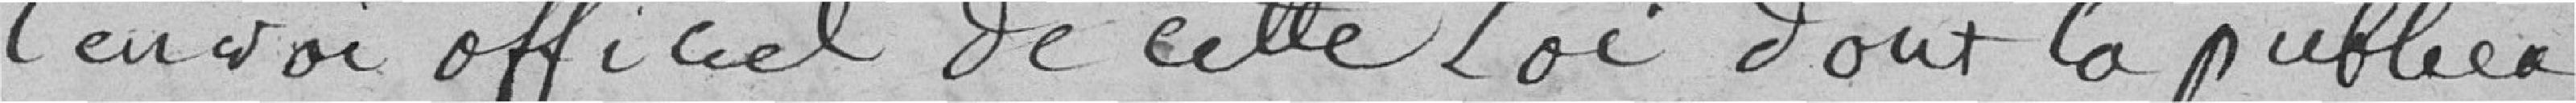
l'envoi officiel de cette Loi dont la publica